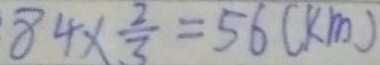
8 4 \times \frac { 2 } { 3 } = 5 6 ( k m )